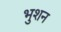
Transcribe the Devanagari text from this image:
भुशन